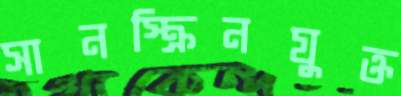
সানস্ক্রিনযুক্ত